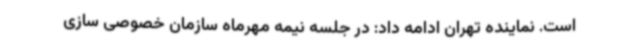
است. نماینده تهران ادامه داد: در جلسه نیمه مهرماه سازمان خصوصی سازی